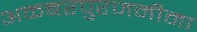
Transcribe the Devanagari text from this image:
अकबरपुरजमीमा